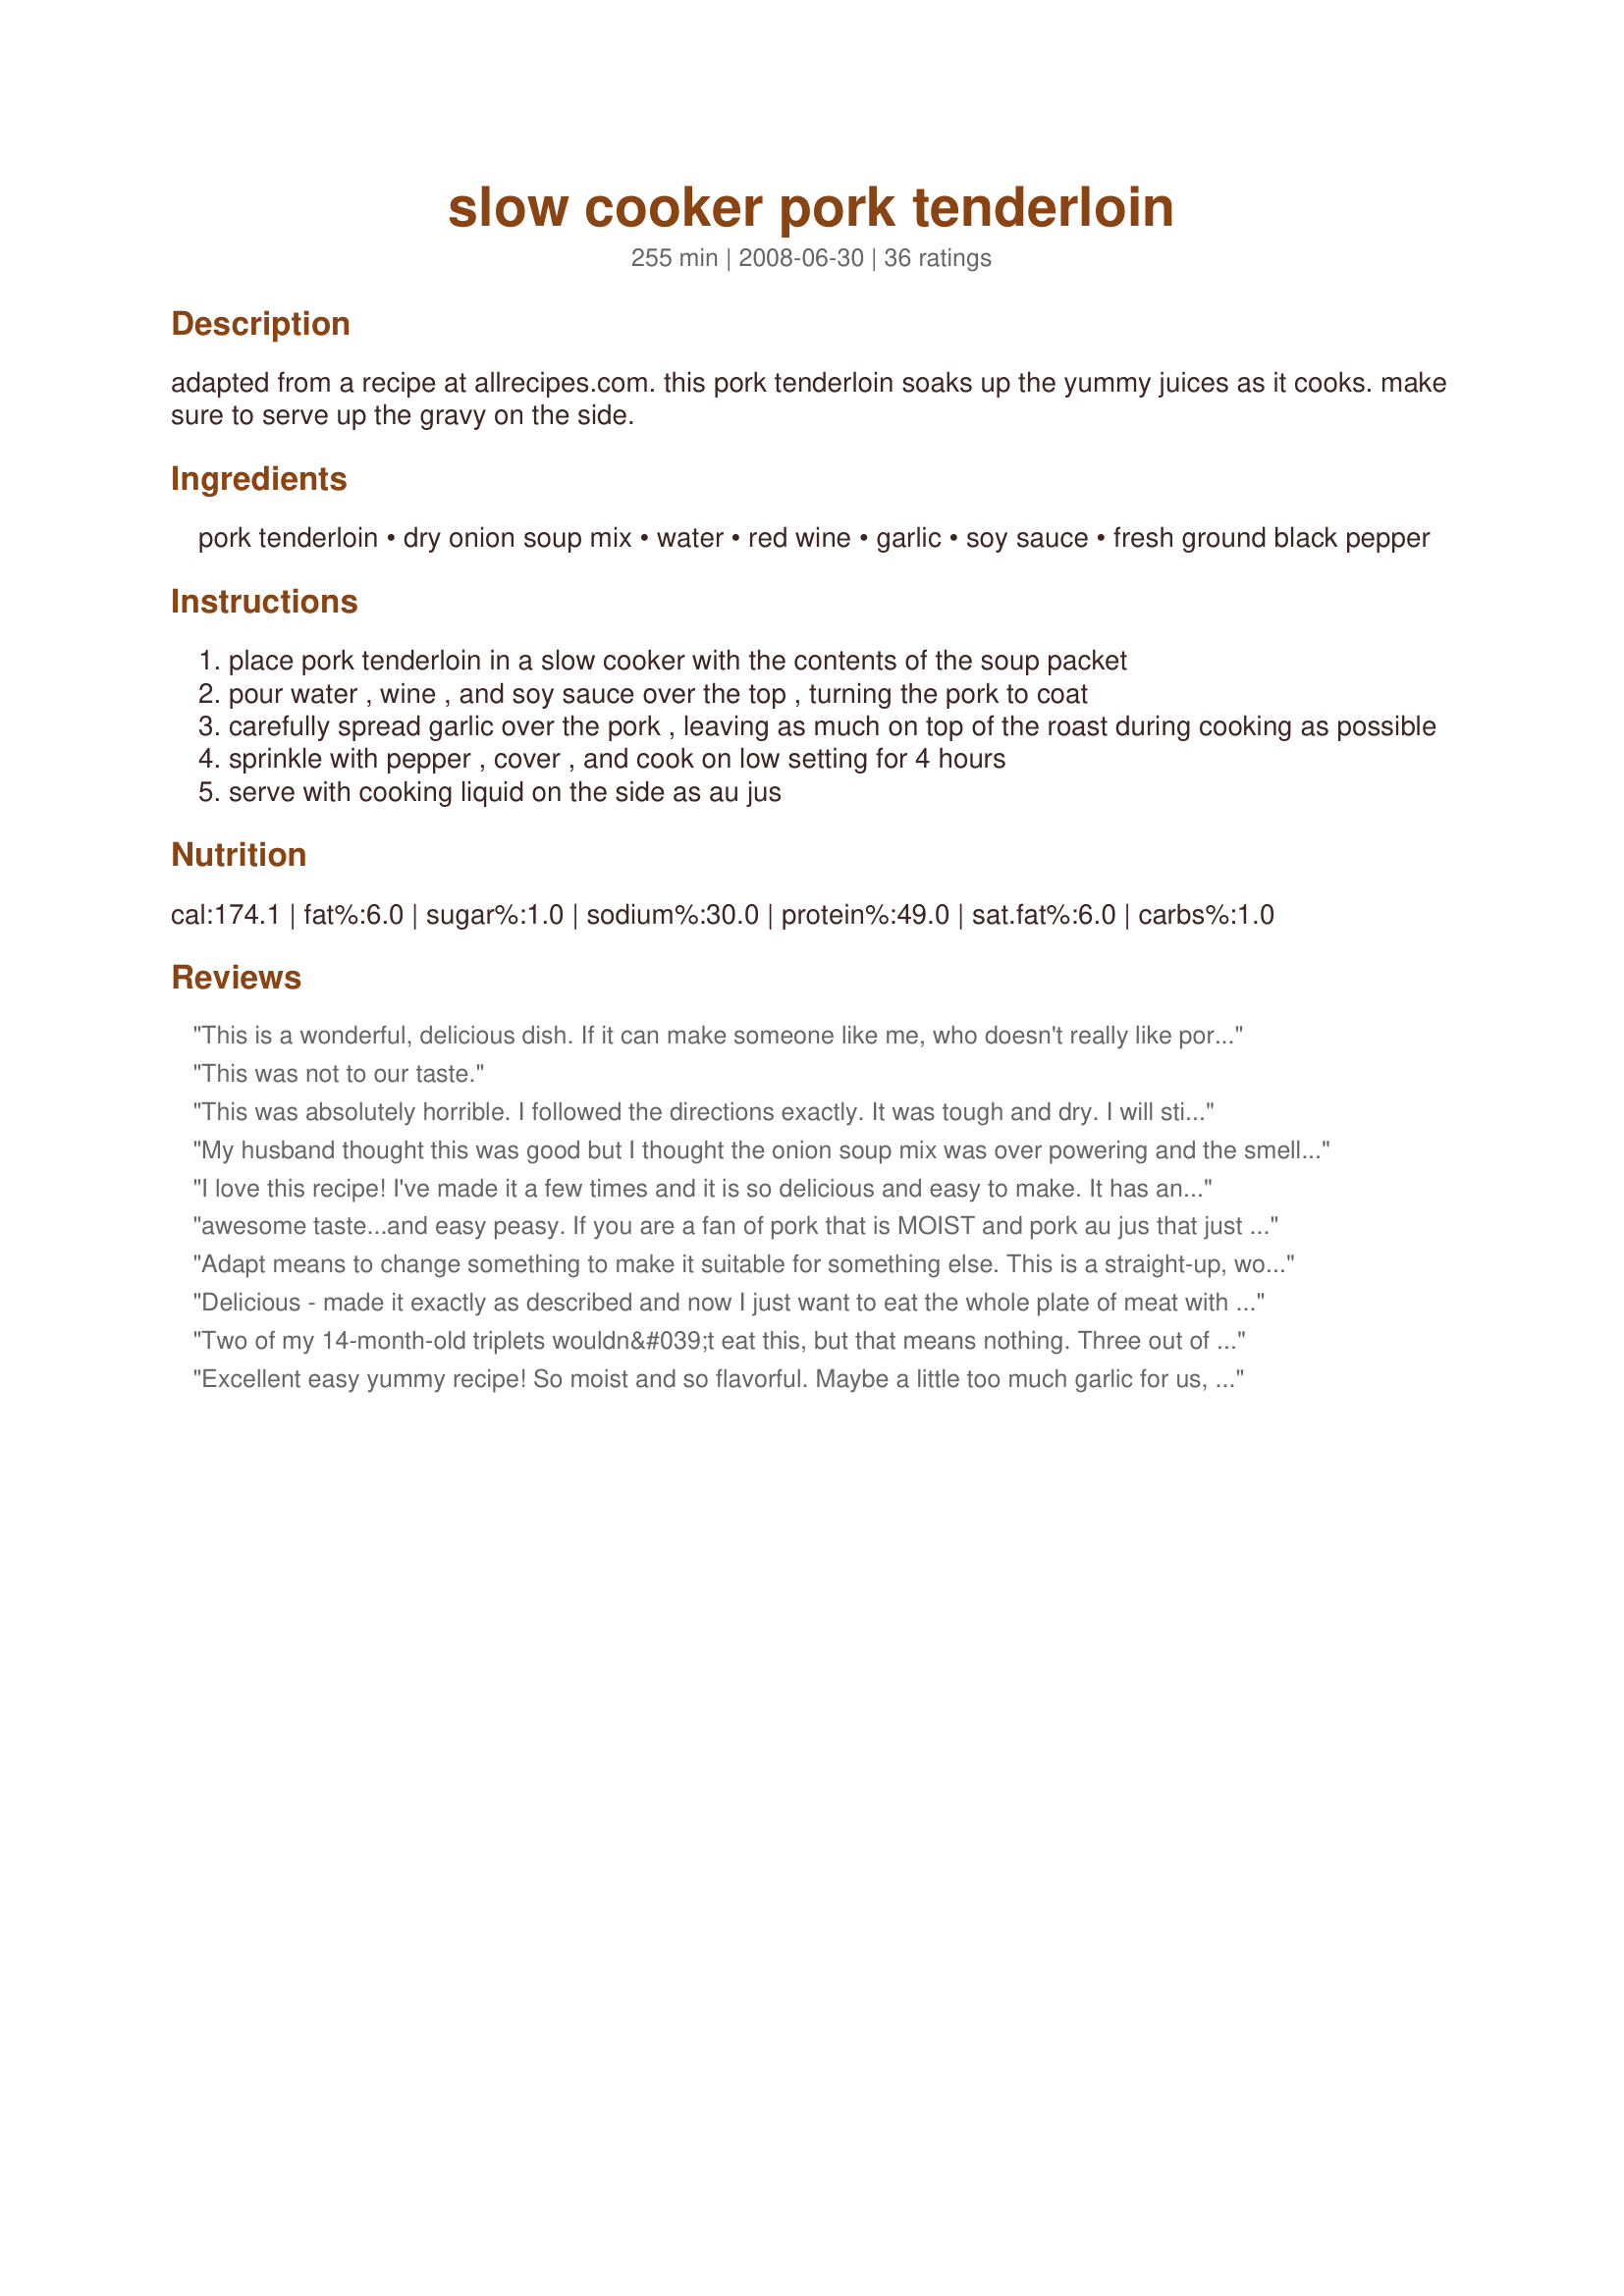
slow cooker pork tenderloin
Preparation time: 255 minutes

adapted from a recipe at allrecipes.com. this pork tenderloin soaks up the yummy juices as it cooks. make sure to serve up the gravy on the side.

Ingredients:
pork tenderloin, dry onion soup mix, water, red wine, garlic, soy sauce, fresh ground black pepper

Steps:
place pork tenderloin in a slow cooker with the contents of the soup packet
pour water , wine , and soy sauce over the top , turning the pork to coat
carefully spread garlic over the pork , leaving as much on top of the roast during cooking as possible
sprinkle with pepper , cover , and cook on low setting for 4 hours
serve with cooking liquid on the side as au jus

Reviews:
This is a wonderful, delicious dish. If it can make someone like me, who doesn't really like pork, eat a serving and then go back for seconds, you know it's a winner. Combine it with some mashed potatoes and it's the perfect comfort food!
This was not to our taste.
This was absolutely horrible. I followed the directions exactly. It was tough and dry. I will stick with the other recipe here and use my oven and cast iron skillet. 30 min from start to finish. Live and learn. This is the first food.com recipe that was a disaster. I actually had to throw it out. What a waste of food, time and money.
My husband thought this was good but I thought the onion soup mix was over powering and the smell from the slow cooker grew annoyingly sweet toward the end. I guess I should have known better but I wasn&#039;t looking for gourmet I was looking for easy, tasty, satisfying for a cold winter day. I won&#039;t be making this again. Sorry! I generally don&#039;t leave bad reviews but I want to warn others. I wish I had prepared my tenderloin differently. :( I did throw in some carrots and cut up potatoes when there was about an hour left on the time. That made for a quick/easy complete meal but I just didn&#039;t like the end result.
I love this recipe! I've made it a few times and it is so delicious and easy to make. It has an awesome smell to come home to. I follow a low carb diet and this definitely fits the bill.
awesome taste...and easy peasy. If you are a fan of pork that is MOIST and pork au jus that just plain tastes great, this recipe is a keeper. Go over to thepioneerwoman.com website and add her crash hot potatoes to your menu plus a veggie of your choice and you have one heckuva dinner. It's our Valentine's dinner tonight...
Adapt means to change something to make it suitable for something else. This is a straight-up, word-for-word copying of a recipe at allrecipes.com.
Delicious - made it exactly as described and now I just want to eat the whole plate of meat with nothing on the side. Great flavor on the juice - I think I&#039;ll make this for family the next time I have to host - so easy to make and I have all the ingredients in my house 99% of the time!
Two of my 14-month-old triplets wouldn&#039;t eat this, but that means nothing. Three out of five in my family loved this recipe. It was so simple to throw in the slow cooker, and it tasted delicious, so we&#039;ll definitely be having it again. I threw a couple of chopped potatoes in during the last 45 minutes. Thank you!
Excellent easy yummy recipe! So moist and so flavorful. Maybe a little too much garlic for us, so will cut back next time and may just add garlic with all other ingredients instead of on top of pork loin. Also loved that it only took 4 hours to make. We will definitely keep this one to make again and again!
We loved it! and served with israeli couscous and asparagus which went great with the au jus.
Very simple & easy recipe with great flavor. Works great with thick cut chops as well.
Don't waste your time (or tenderloin). This was really bad. I threw most of this away.
This was simple and delicious. I tried another crockpot pork loin recipe not to long after making this one and DH and I agreed this recipe was much better. Thanks for sharing!
I made this tonite, and it's excellent. A little much garlic due to my heavy-handedness. I also read the recipe AFTER I had put everything in the pot, including the garlic, mixed up together. I doubt it made much difference.<br/><br/>Excellent recipe for something simple to do with the loin, and with the ingredients I had on hand.
Very yummy and oh, so tender. I did't have the dried soup mix, so used beef bouillon and dried onion flakes. I served it with Recipe #231844 and some fresh green beans. Thanks for sharing!
I made this ages ago when I found it on Allrecipes and it was Awesome! We all loved it. I'm glad I found it here since this is my new home. :o)
So tasty and healthy, too! As I usually do when slow cooking pork, to get a richer color I brown the meat in grapeseed oil first but will try skipping that step next time. I think with the sauce, the color would have been fine. Instead of adding individually, I combined soup mix with water, wine and less-sodium soy sauce and poured mixture over pork then added garlic on top and sprinkled with pepper. Threw in some fingerling potatoes the last hour. Excellent!
The whole family loved it. Even my pickiest eater asked for seconds!
We thoroughly enjoyed this pork tenderloin. It was extra simple to prepare and super delicious. I only used 1 tablespoon of soy and used a really nice red wine. I cooked it for 6 hours and Mr. MVP and I thought it was extremely tasty!
Oh WOW! One of the best pork loins we've tried. So moist and full of flavor. I served it with some thick cut homemade bread with the au jus it was a lot like french dip sandwiches. Thank you!
This was so good! I used a homemade onion soup mix (thanks again,Zaar!) and had to substitute garlic powder since I didn't have quite enough garlic on hand. Left it in the crock for an hour longer (not on purpose, though - grocery shopping took longer than usual) and it was so tender & juicy, it literally fell apart as I cut it! Yum!!
It was against my better judgement to put a pork tenderloin in the slow cooker & to use dried onion soup . After reading the raves I thought I would give it a try. I followed the directions to a tee. The meat was tuff, the gravy SALTY, SALTY, & MORE SALT. In was awful & anyone who thinks this taste good need their head examined !! It was awful, don't waste a pork loin in a slow cooker & the combo of dried onion soup, soy sauce & wine did nothing for the dish.
This was SO DELICIOUS! Simple and easy - will definitely be doing this again. Would be great to do for company, so you can actually visit with your guests rather than spending all your time in the kitchen!
This seems to be the exact recipe from allrecipes.com. What was the adaptation?
This was pretty good!
My only suggestion don't use cheap Soya Sauce, VH Soya Sauce was too strong for three tablespoons.
But other than that, it tasted great.
First time I made it, it was awesome! Second time, horrible. I'm thinking I must have had a better cut of meat the first time. It was delicious and so very tender and juicy. I will try it again.
THE PORK CAME OUT BOMB!! X-mas Eve dinner... I&#039;m definitely making it again soon! Cheers and THANK YOU!
I don't have a review yet, but will let you know. I didn't have any dry onion soup mix on hand, but I did have a can of cream of onlon soup, so I mixed that with the red wine and soy sauce (left out the water because the soup was liquid.) I used 2 tbsp of minced garlic as well; I love the stuff but it just seemed like a lot to me. Wish me luck! It asks if I tweaked the recipe; yes on the garlic, and &quot;made do&quot; on the onion soup.
This is what I needed. I had two hungry men and a pork tenderloin. I made this just as the Dr. ordered and it was perfect. The 13 year-old had three large portions, and hubby had two. The Aus Jus was totally delightful. This is definitely a keeper.
This made a good pork tenderloin, but nothing spectacular. I will keep it on file because it is easy and tasty.
This was delicious!! My oldest who is usually very picky loved it and my husband who usually doesn't like gravy or any sauces on his potatoes used the extra juice for his potatoes. Will definitely make this again. I didn't have red wine so I used a blackberry wine instead and cooked for 6 hours in my slow cooker. Other then that I followed the recipe to a T. Thanks for the delicious recipe!! :)
This was a really great, easy pork recipe. I am always looking for a way to make moist pork. I made it with a side of baked beans and brown rice. My family loved it.
I made this again and we loved it! I added my new potatoes and new carrots to the slow cooker the last hour, then thickened the sauce with some Veloutine; Ummm Good!!!
Great combination of flavours; that garlic makes it so nice.I did not have red wine but I did add sherry and chicken broth. I made this for Crockpot Photo Challenge.Thanks for posting. Rita
If I could give it a zero, it would be minus zero. I followed recipe to a tee and it was way too salty and therefore inedible. The only positive for this recipe is that the pork loin was tender. This is the 4th slow cooker recipe that I&#039;ve made and all but one were disappointing, especially when the majority give a recipe 5 stars. I think my slow cooker will be in my next garage sale.
This was easy and really good. I was surprised that a lean cut like pork loin could become so tender! I cooked it in my rice cooker (from Costco) that had a slow cooker button on it, and started it on high for an hour, then low for 3 hours. We served it over boiled potatoes with butter. &lt;br/&gt;Nice flavor.
